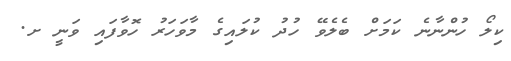
ކިލޯ ހުންނާނެ ކަމަށް ބެލެވޭ ހުދު ކުލައިގެ މާވަހަރު ހޮވާފައި ވަނީ ށ.